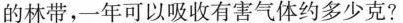
的林带，一年可以吸收有害气体约多少克？